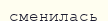
сменилась